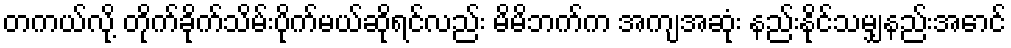
တကယ်လို့ တိုက်ခိုက်သိမ်းပိုက်မယ်ဆိုရင်လည်း မိမိဘက်က အကျအဆုံး နည်းနိုင်သမျှနည်းအောင်